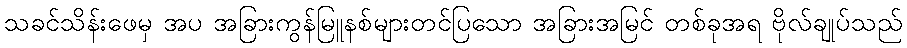
သခင်သိန်းဖေမှ အပ အခြားကွန်မြူနစ်များတင်ပြသော အခြားအမြင် တစ်ခုအရ ဗိုလ်ချုပ်သည်